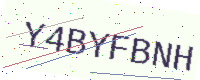
Text: Y4BYFBNH